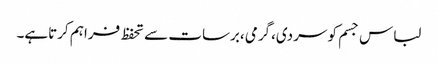
لباس جسم کو سردی،گرمی ،برسات سے تحفظ فراہم کرتاہے۔